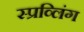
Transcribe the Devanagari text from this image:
स्प्रव्लिंग